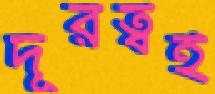
দূরত্বই